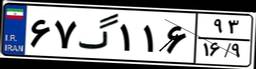
۶۷گ۱۱۶۹۳